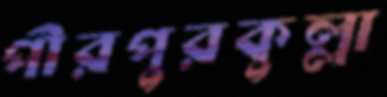
পীরপুরকুল্লা